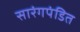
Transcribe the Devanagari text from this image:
सारंगपंडित